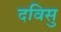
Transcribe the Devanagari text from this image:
दविसु